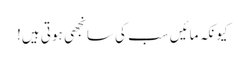
کیونکہ مائیں سب کی سانجھی ہوتی ہیں!